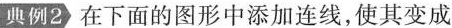
典例2 在下面的图形中添加连线，使其变成